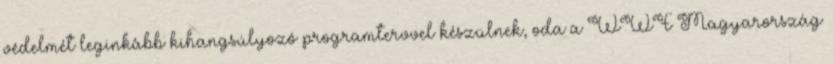
védelmét leginkább kihangsúlyozó programtervvel készülnek, oda a WWF Magyarország